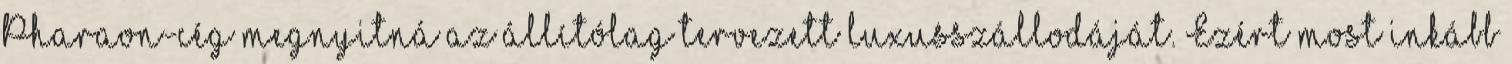
Pharaon-cég megnyitná az állítólag tervezett luxusszállodáját. Ezért most inkább